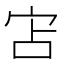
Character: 𭓥